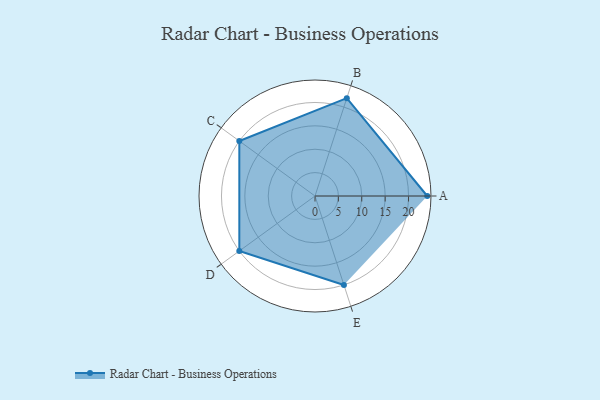
{"axis": {"x": "Skill", "y": "Score"}, "legend": ["Profile"], "data": [{"x": "A", "y": 24.0, "type": "Profile"}, {"x": "B", "y": 22.0, "type": "Profile"}, {"x": "C", "y": 20, "type": "Profile"}, {"x": "D", "y": 20, "type": "Profile"}, {"x": "E", "y": 20, "type": "Profile"}]}